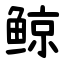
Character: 鲸